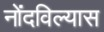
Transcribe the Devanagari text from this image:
नोंदविल्यास